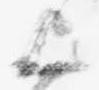
上